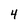
Character: 4